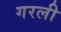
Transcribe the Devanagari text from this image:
गरली